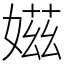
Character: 𡞰